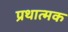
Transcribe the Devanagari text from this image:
प्रथात्मक